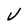
Character: v